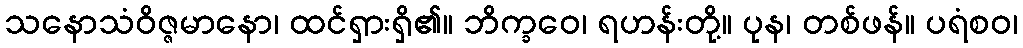
သနောသံဝိဇ္ဇမာနော၊ ထင်ရှားရှိ၏။ ဘိက္ခဝေ၊ ရဟန်းတို့။ ပုန၊ တစ်ဖန်။ ပရံစဝ၊